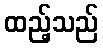
ထည့်သည်